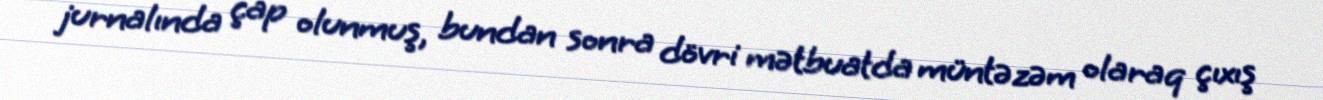
jurnalında çap olunmuş, bundan sonra dövri mətbuatda müntəzəm olaraq çıxış